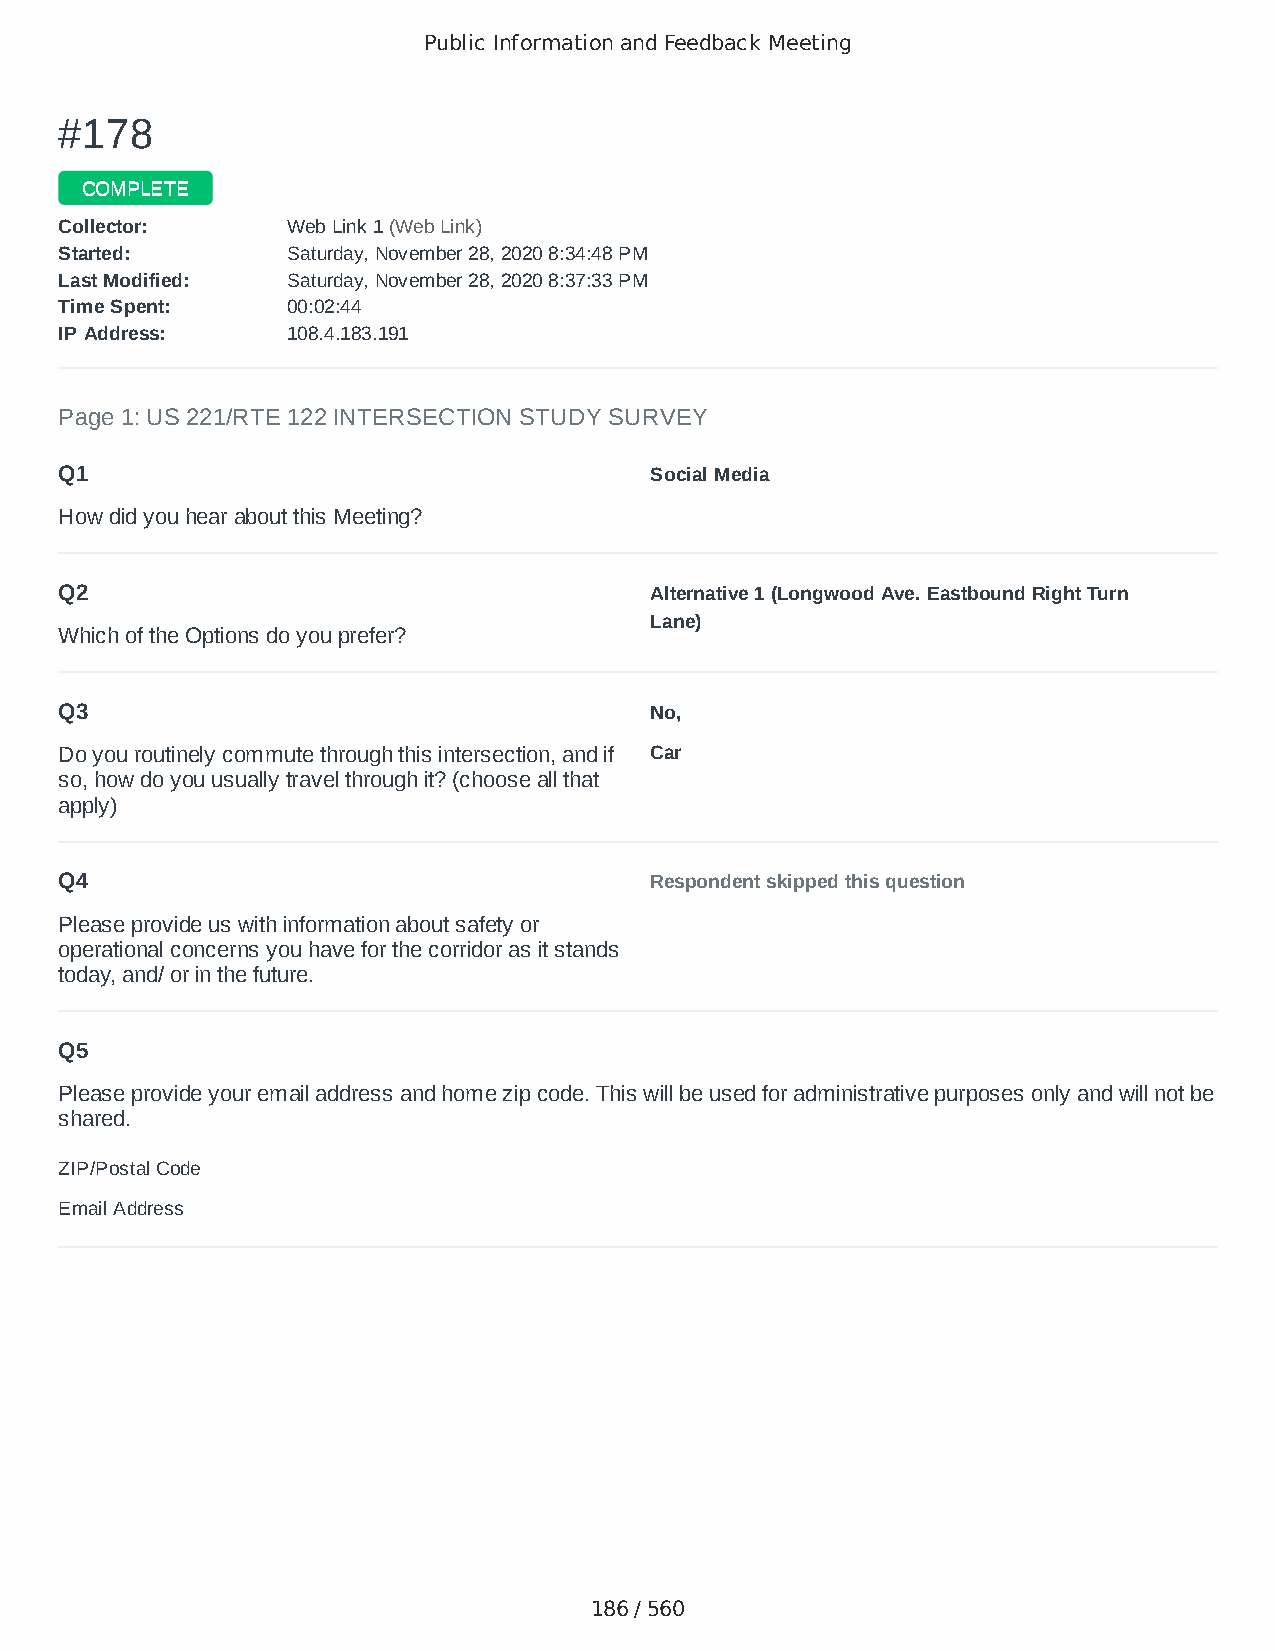
Public Information and Feedback Meeting
 ##117788
 CCOOMMPPLLEETTEE
 CCoolllleeccttoorr:: WWeebb LLiinnkk 11 ((WWeebb LLiinnkk))
 SSttaarrtteedd:: SSaattuurrddaayy,, NNoovveemmbbeerr 2288,, 22002200 88::3344::4488 PPMM
 LLaasstt MMooddiiffiieedd:: SSaattuurrddaayy,, NNoovveemmbbeerr 2288,, 22002200 88::3377::3333 PPMM
 TTiimmee SSppeenntt:: 0000::0022::4444
 IIPP AAddddrreessss:: 110088..44..118833..119911
 Page 1: US 221/RTE 122 INTERSECTION STUDY SURVEY
 Q1                                     Social Media
 How did you hear about this Meeting?
 Q2                                     Alternative 1 (Longwood Ave. Eastbound Right Turn
 Lane)
 Which of the Options do you prefer?
 Q3                                     No,
 Do you routinely commute through this intersection, and if Car
 so, how do you usually travel through it? (choose all that
 apply)
 Q4                                     Respondent skipped this question
 Please provide us with information about safety or
 operational concerns you have for the corridor as it stands
 today, and/ or in the future.
 Q5
 Please provide your email address and home zip code. This will be used for administrative purposes only and will not be
 shared.
 ZIP/Postal Code                        24523
 Email Address                          niftyneato@hotmail.com
 186 / 560